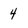
Character: 4